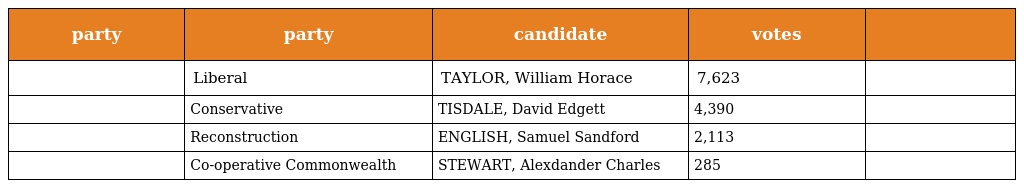
| party | party | candidate | votes |  |
 | --- | --- | --- | --- | --- |
 |  | Liberal | TAYLOR, William Horace | 7,623 |  |
 |  | Conservative | TISDALE, David Edgett | 4,390 |  |
 |  | Reconstruction | ENGLISH, Samuel Sandford | 2,113 |  |
 |  | Co-operative Commonwealth | STEWART, Alexdander Charles | 285 |  |